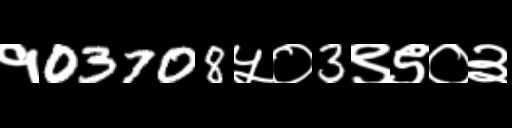
Text: १03708५०3९९०३